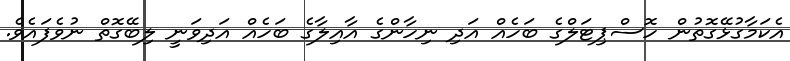
އެކަމާގުޅޭގޮތުން ހޮސްޕިޓަލްގެ ބަހެއް އަދި ނިހާންގެ އާއިލާގެ ބަހެއް އަދިވަނީ ލިބޭގޮތް ނުވެފައެވެ.